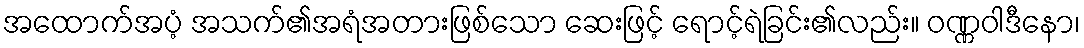
အထောက်အပံ့ အသက်၏အရံအတားဖြစ်သော ဆေးဖြင့် ရောင့်ရဲခြင်း၏လည်း။ ဝဏ္ဏဝါဒီနော၊